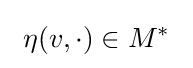
\ \eta (v,\cdot )\in M^{*}\